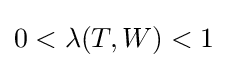
0<\lambda (T,W)<1